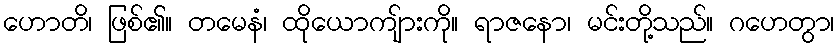
ဟောတိ၊ ဖြစ်၏။ တမေနံ၊ ထိုယောကျ်ားကို။ ရာဇနော၊ မင်းတို့သည်။ ဂဟေတွာ၊